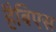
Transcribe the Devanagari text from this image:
हैबिएस